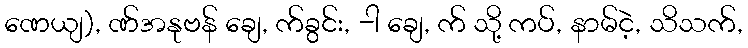
ဏေယျ), ဏ်အနုဗန် ချေ, က်ခွင်း, -ါ ချေ, က် သို့ ကပ်, နာမ်ငဲ့, သိသက်,